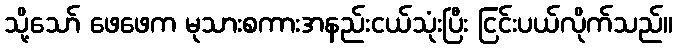
သို့သော် ဖေဖေက မုသားစကားအနည်းငယ်သုံးပြီး ငြင်းပယ်လိုက်သည်။